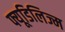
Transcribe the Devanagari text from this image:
फ्यूडिलिज्म